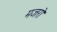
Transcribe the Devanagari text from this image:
मजरो